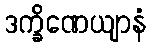
ဒက္ခိဏေယျာနံ